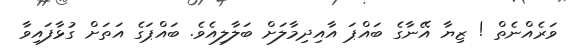
ވަރެއްނެތް ! ޒިޔާ އޭނާގެ ބައްޕަ އާއިދިމާލަށް ބަލާލިއެވެ. ބައްޕަގެ އަތަށް ގުޅާފައިވާ